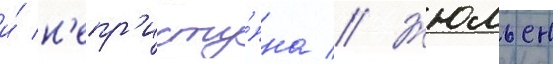
и́ н'епр'исту́пна // Жюльен